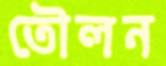
তৌলন